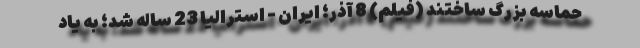
حماسه بزرگ ساختند (فیلم) 8 آذر؛ ایران - استرالیا 23 ساله شد؛ به یاد